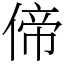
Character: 偙